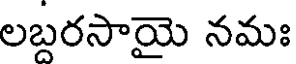
లబరసాయై నమః